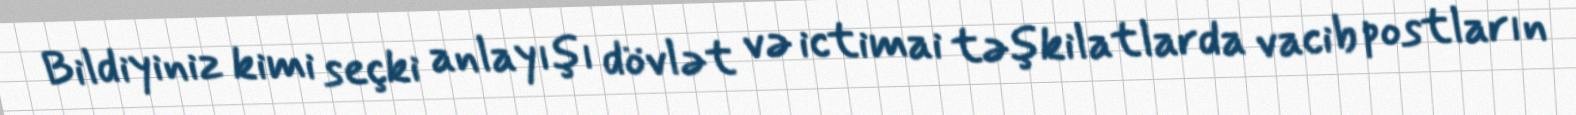
Bildiyiniz kimi seçki anlayışı dövlət və ictimai təşkilatlarda vacib postların